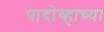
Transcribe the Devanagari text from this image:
पादोव्हाच्या